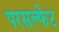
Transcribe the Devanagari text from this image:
परसल्फेट